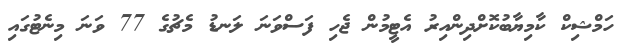
ހަމްޝިކް ކާމިޔާބުކޮށްދިންއިރު އެޓީމުން ޖެހި ފަސްވަނަ ލަނޑު މެޗުގެ 77 ވަނަ މިނެޓުގައި